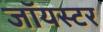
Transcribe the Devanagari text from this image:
जॉयस्टर